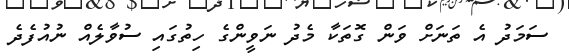
ސަމަދު އެ ތަނަށް ވަން ގޮތަކާ މެދު ނަވީންގެ ހިތުގައި ސުވާލެއް ނުއުފެދެ